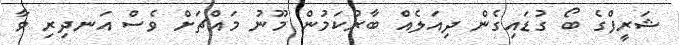
ޝަރީފްގެ ބޯ ގުޑައިގެން ދިއަލެއް ބާރުކަމުން މޫނު މައްޗަށް ވެސް އަނދިރި ވާ